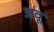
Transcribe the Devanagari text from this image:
अवू